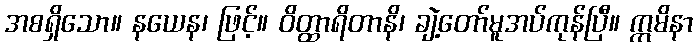
အစရှိသော။ နယေန၊ ဖြင့်။ ဝိတ္ထာရိတာနိ၊ ချဲ့တော်မူအပ်ကုန်ပြီ။ ဣမိနာ